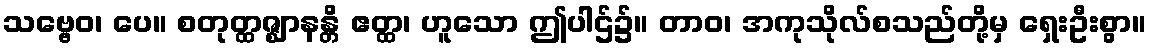
သဗ္ဗေဝ၊ ပေ။ စတုတ္ထဇ္ဈာနန္တိ ဧတ္ထ၊ ဟူသော ဤပါဌ်၌။ တာဝ၊ အကုသိုလ်စသည်တို့မှ ရှေးဦးစွာ။